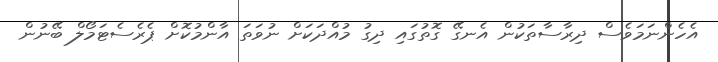
އެހެންނަމަވެސް ދިރާސާތަކުން އެނގޭ ގޮތުގައި ދިގު މުއްދަކަށް ނުވަތަ އާންމުކޮށް ޕެރެސެޓަމޯލް ބޭނުން